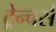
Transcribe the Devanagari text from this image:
ट्रेन्चर्स